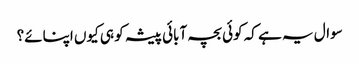
سوال یہ ہے کہ کوئی بچہ آبائی پیشہ کو ہی کیوں اپنائے؟